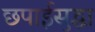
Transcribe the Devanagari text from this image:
छपाईसुद्धा